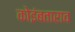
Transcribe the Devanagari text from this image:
कोइंबताराव